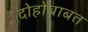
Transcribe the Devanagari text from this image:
दोहोंबाबत